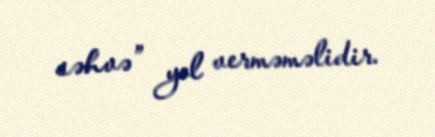
səhvə” yol verməməlidir.